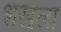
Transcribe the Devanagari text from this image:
शखला